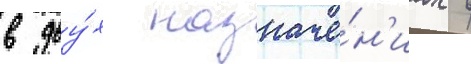
в дву́х назначе́н'иах в